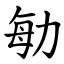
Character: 勄